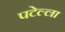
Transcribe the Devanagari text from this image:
पटेल्ला